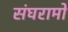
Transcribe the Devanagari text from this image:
संघरामों